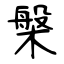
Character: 槃